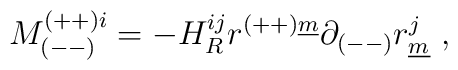
M^{(++)i}_{(--)} = -  H_R^{ij}r^{(++)\underline{m}}\partial_{(--)}r^j_{\underline{m}}~,